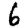
Digit: 6